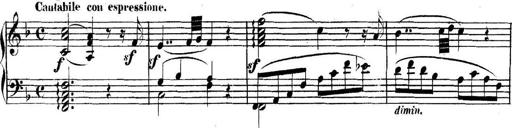
Title: Collected Piano Sonatas
Composer: Muzio Clementi